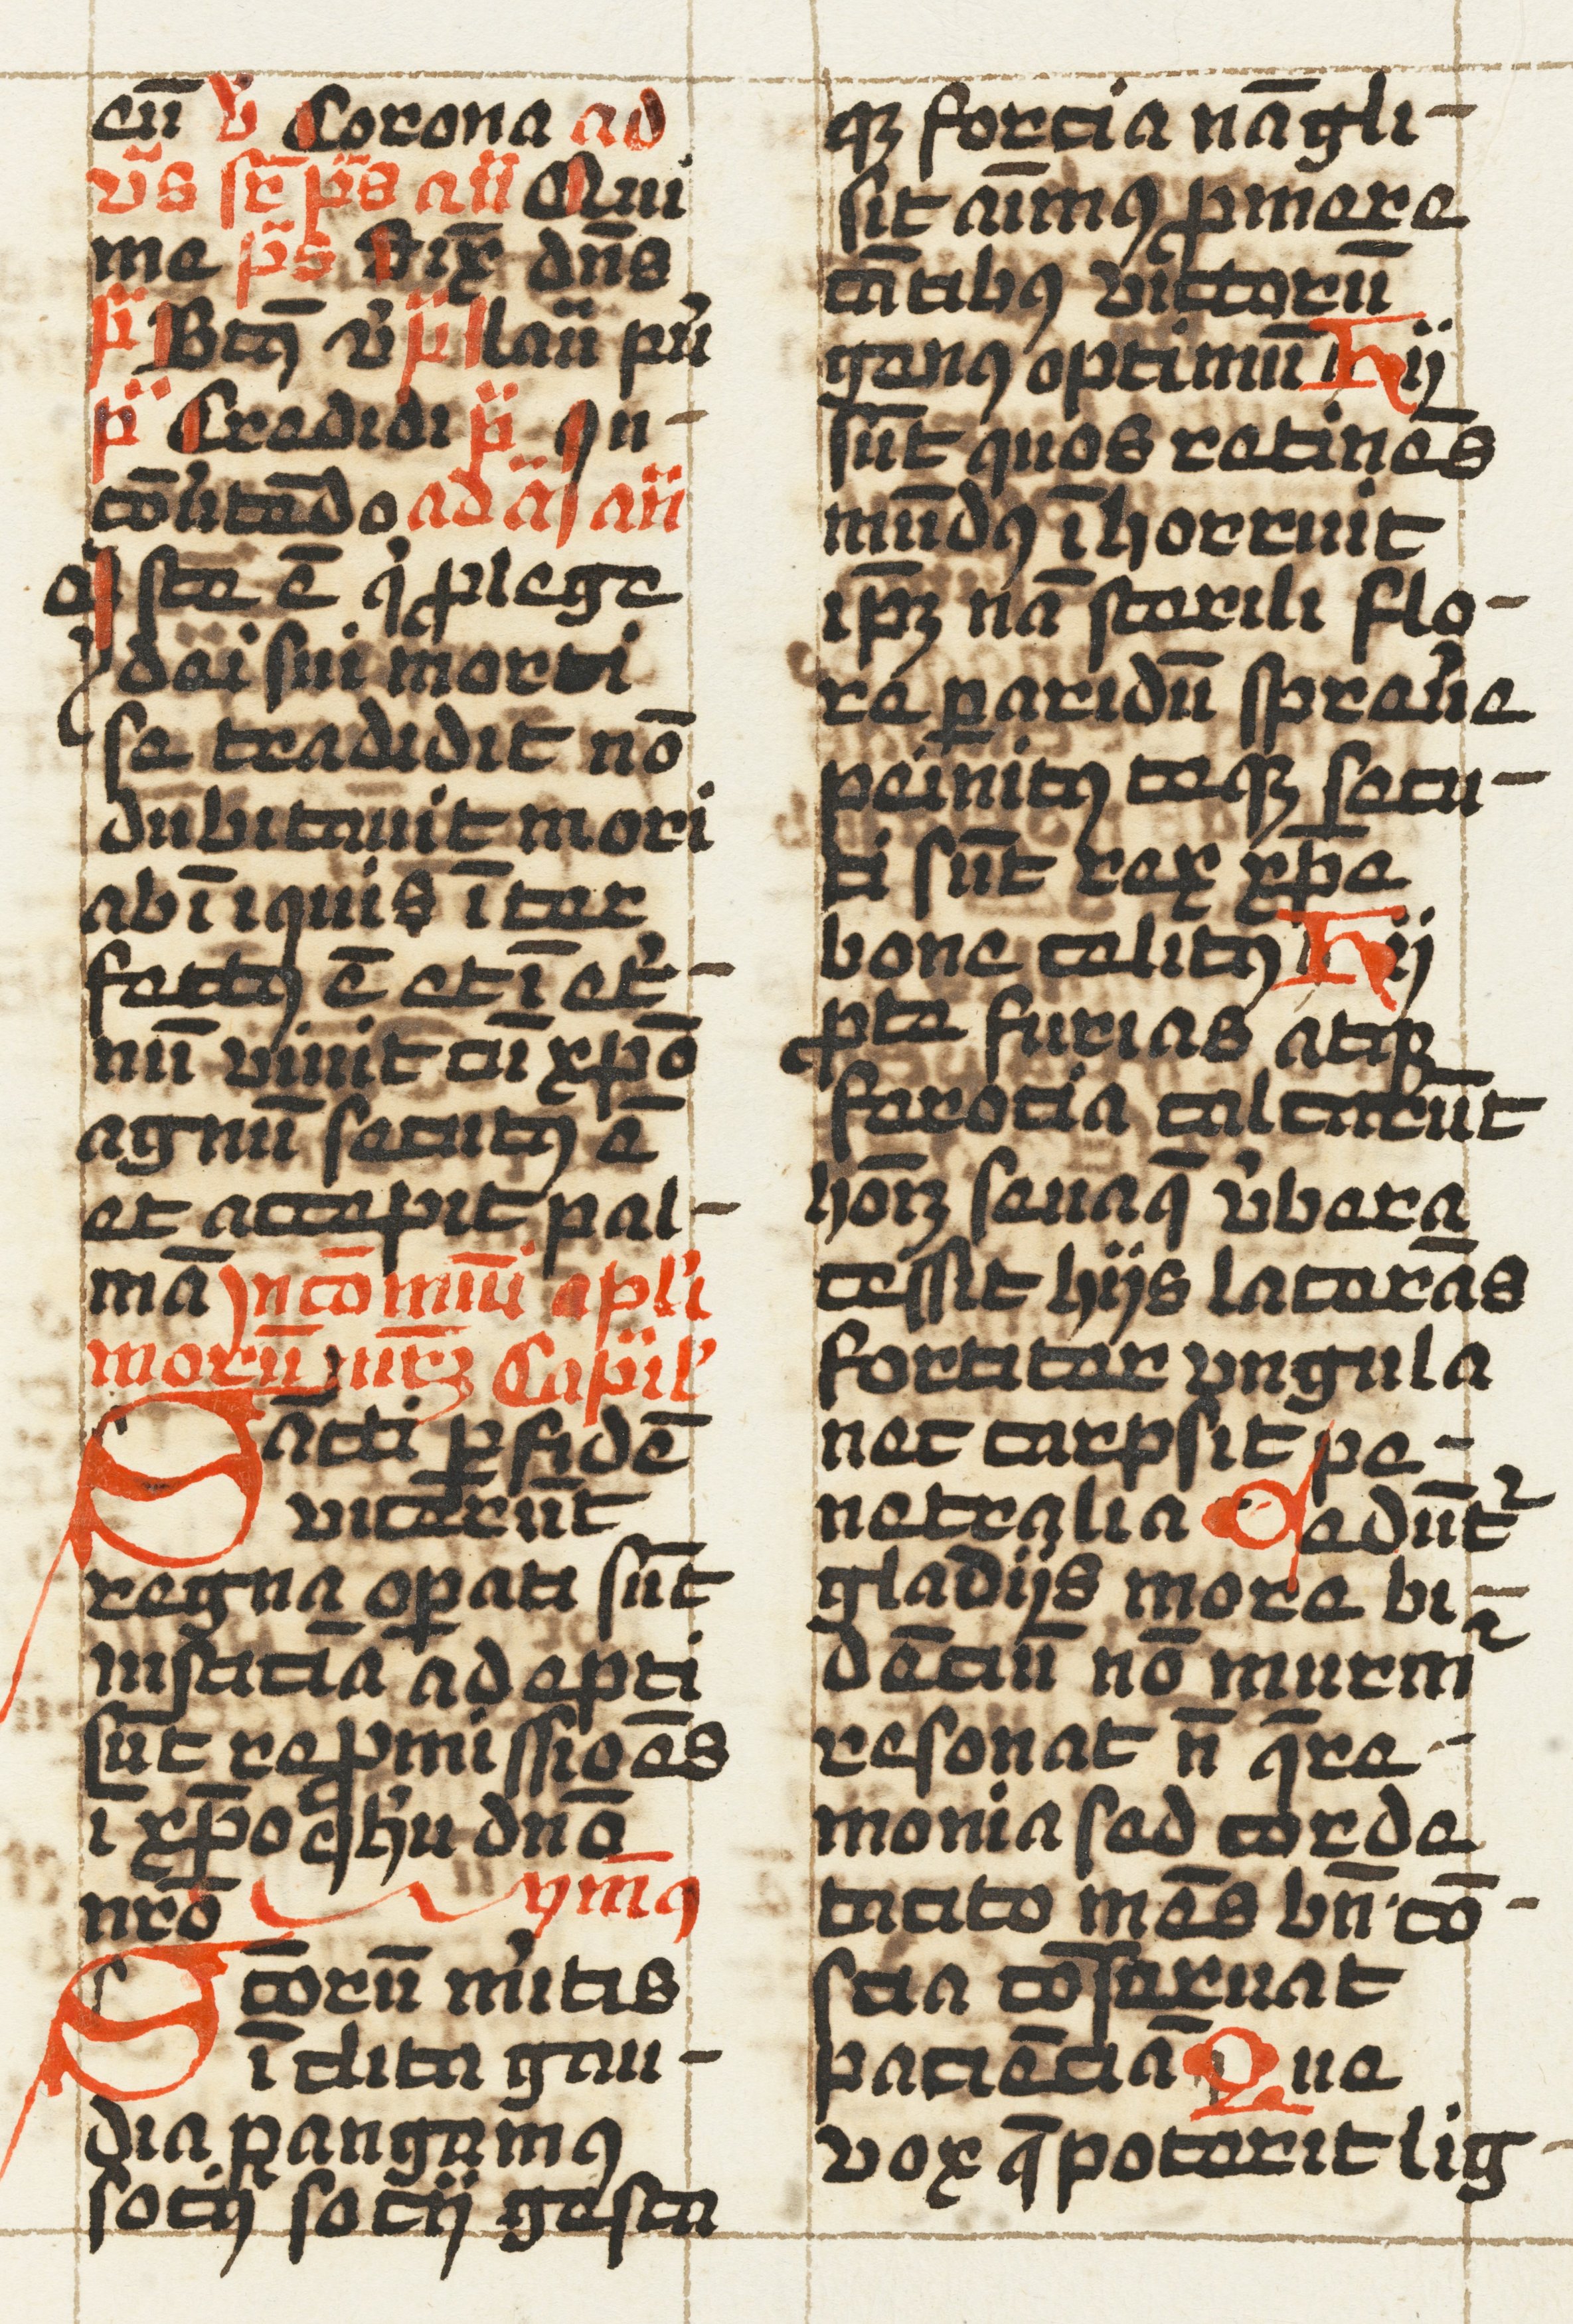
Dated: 1457–1498